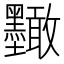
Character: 𭐑